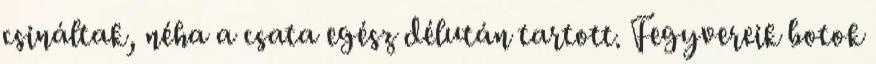
csináltak, néha a csata egész délután tartott. Fegyvereik botok